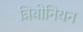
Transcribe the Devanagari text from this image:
त्रिबोनियन